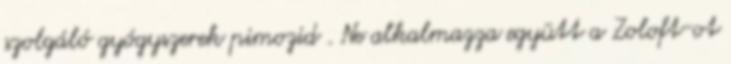
szolgáló gyógyszerek pimozid . Ne alkalmazza együtt a Zoloft-ot